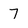
Character: 7